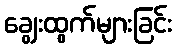
ချွေးထွက်များခြင်း